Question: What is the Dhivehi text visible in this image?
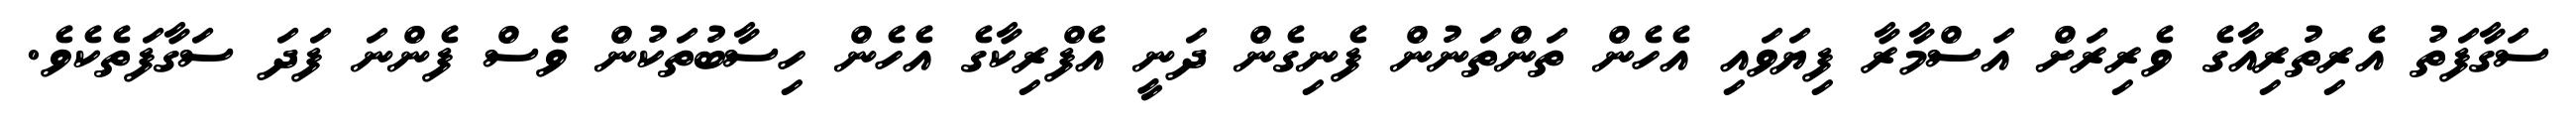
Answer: ސަގާފަތު އެރިތުރިއާގެ ވެރިރަށް އަސްމާރާ ފިޔަވައި އެހެން ތަންތަނުން ފެނިގެން ދަނީ އެފްރިކާގެ އެހެން ހިސާބުތަކުން ވެސް ފެންނަ ފަދަ ސަގާފަތެކެވެ.